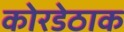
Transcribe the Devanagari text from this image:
कोरडेठाक